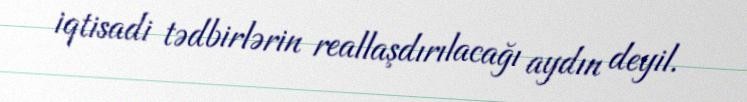
iqtisadi tədbirlərin reallaşdırılacağı aydın deyil.